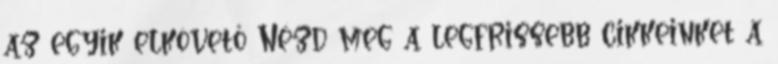
az egyik elkövető Nézd meg a legfrissebb cikkeinket a